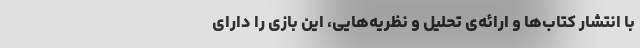
با انتشار کتاب‌ها و ارائه‌ی تحلیل و نظریه‌هایی، این بازی را دارای